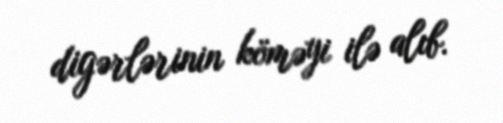
digərlərinin köməyi ilə alıb.